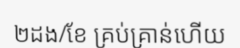
២ដង/ខែ គ្រប់គ្រាន់ហើយ